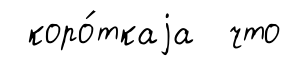
коро́ткаjа что